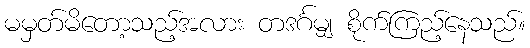
မမှတ်မိတော့သည့်အလား တဒင်္ဂမျှ စိုက်ကြည့်နေသည်။